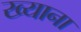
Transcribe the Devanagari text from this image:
ख्याना